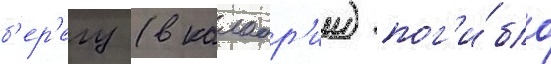
б'ер'егу (в калабр'ии) пог'и́бло